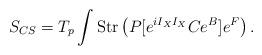
LaTeX: \begin{align*}S_{CS} = T_p \int {\rm Str} \left( P [ e^{i I_X I_X} C e^B] e^F \right) .\end{align*}